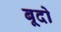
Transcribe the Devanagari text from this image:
बूदो